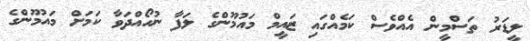
ލީޑަރު ތަސްމީން އެއްވެސް ކަމެއްގައި ޒައީމް މައުމޫންގެ ލަފާ ނުހޯއްދަވާ ކަމަށް މައުމޫންގެ